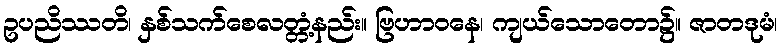
ဥပညိဿတိ၊ နှစ်သက်စေလတ္တံ့နည်း။ ဗြဟာဝနေ၊ ကျယ်သောတော၌။ ဇာတဒုမံ၊